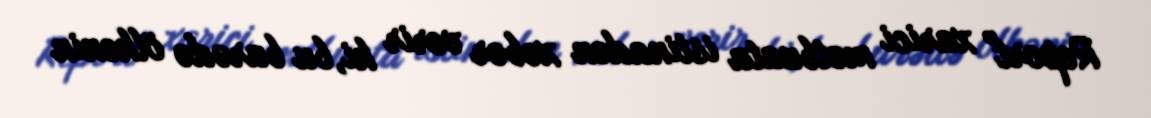
Report" xarici mətbuata istinadən xəbər verir ki, bu barədə ölkənin